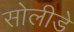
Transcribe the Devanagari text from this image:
सोलीडे